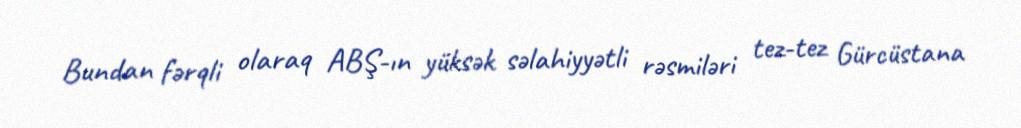
Bundan fərqli olaraq ABŞ-ın yüksək səlahiyyətli rəsmiləri tez-tez Gürcüstana